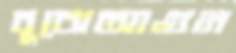
বুঝেআগুন